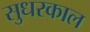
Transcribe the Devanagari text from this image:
सुधरकाल